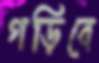
গড়িবে